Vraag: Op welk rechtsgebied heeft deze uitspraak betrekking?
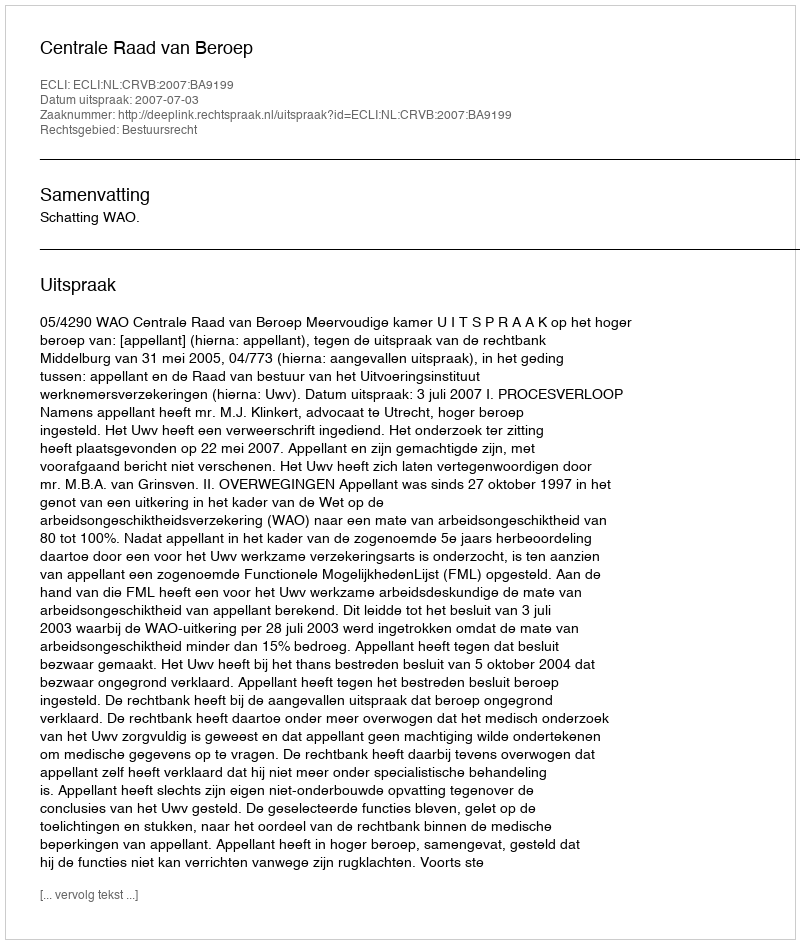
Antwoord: Bestuursrecht